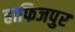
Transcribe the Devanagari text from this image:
हाफिजपुर